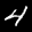
Digit: 4